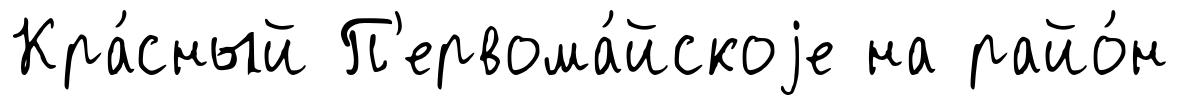
Кра́сный П'ервома́йскоjе на райо́н